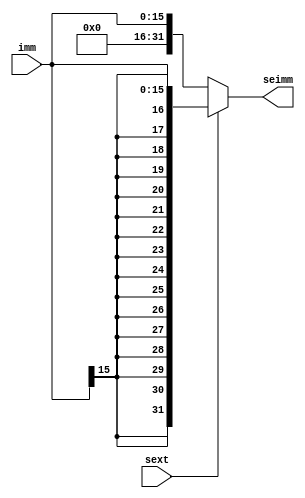
module sign_extender(sext, imm, seimm);
    input [15:0] imm;
    input sext;
    output wire [31:0] seimm;
    
    //this line needs to be tested
    assign seimm = (sext == 1) ? {{16{imm[15]}}, imm} : {{16{0}}, imm};

endmodule